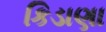
કિડાણા